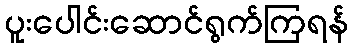
ပူးပေါင်းဆောင်ရွက်ကြရန်